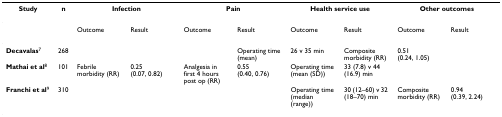
| Study | n | <COLSPAN=2> Infection | <COLSPAN=2> Pain | <COLSPAN=2> Health service use | <COLSPAN=2> Other outcomes |
 | --- | --- | --- | --- | --- | --- | --- | --- | --- | --- |
 |  |  | Outcome | Result | Outcome | Result | Outcome | Result | Outcome | Result |
 | Decavalas7 | 268 |  |  |  | Operating time (mean) | 26 v 35 min | Composite morbidity (RR) | 0.51 (0.24, 1.05) |  |
 | Mathai et al8 | 101 | Febrile morbidity (RR) | 0.25 (0.07, 0.82) | Analgesia in first 4 hours post op (RR) | 0.55 (0.40, 0.76) | Operating time (mean (SD)) | 33 (7.8) v 44 (16.9) min |  |  |
 | Franchi et al9 | 310 |  |  |  |  | Operating time (median (range)) | 30 (12–60) v 32 (18–70) min | Composite morbidity (RR) | 0.94 (0.39, 2.24) |